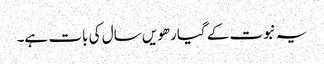
یہ نبوت کے گیارھویں سال کی بات ہے۔